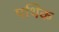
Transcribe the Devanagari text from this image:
पथिक